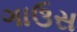
ગાઉસ